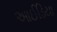
આઈડિયા